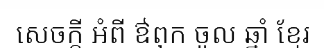
សេចក្តី អំពី ឳពុក ចូល ឆ្នាំ ខ្មែរ